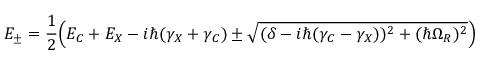
E _ { \pm } = \frac { 1 } { 2 } \Big ( E _ { C } + E _ { X } - i \hbar ( \gamma _ { X } + \gamma _ { C } ) \pm \sqrt { ( \delta - i \hbar ( \gamma _ { C } - \gamma _ { X } ) ) ^ { 2 } + ( \hbar \Omega _ { R } ) ^ { 2 } } \Big )